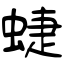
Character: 蜨